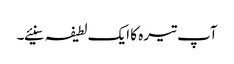
آپ تیرہ کا ایک لطیفہ سنیئے۔